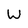
Character: W